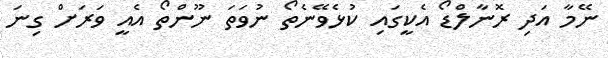
ނޭމާ އަދި ރޮނާލްޑޯ އެކީގައި ކުޅެވޭނެތޯ ނުވަތަ ނޫންތޯ އެއީ ވަރަށް ގިނަ